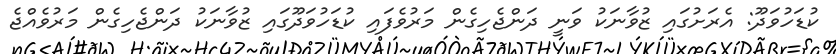
ކުޑަހުވަދޫ: އެރަށުގައި ޒުވާނަކު ވަނީ ދަންޖެހިގެން މަރުވެފައި ކުޑަހުވަދޫގައި ޒުވާނަކު ދަންޖެހިގެން މަރުވެއްޖެ